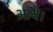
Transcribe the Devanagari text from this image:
अाये।